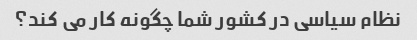
نظام سیاسی در کشور شما چگونه کار می کند؟